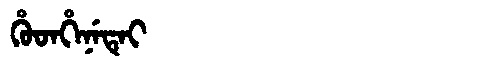
Manchu: ᡥᡠᡨᡥᡝᠨᡝᡨᡝᡳ
Romanization: HUTHENETEI